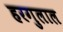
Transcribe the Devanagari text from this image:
हरगुलाल